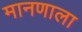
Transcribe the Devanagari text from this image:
मानणाला